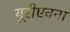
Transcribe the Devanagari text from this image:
यूरीएवना